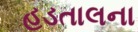
હડતાલના